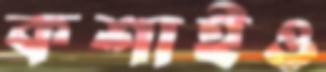
কশাইও